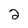
Character: 2